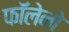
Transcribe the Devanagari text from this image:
फॉलेनो